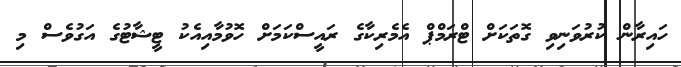
ހައިރާން ކުރުވަނިވި ގޮތަކަށް ޓްރަމްޕް އެމެރިކާގެ ރައީސްކަމަށް ހޮވުމާއިއެކު ޓީޝާޓުގެ އަގުވެސް މި